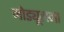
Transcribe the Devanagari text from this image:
मोड्यूलना